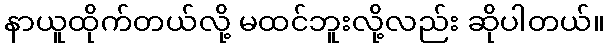
နာယူထိုက်တယ်လို့ မထင်ဘူးလို့လည်း ဆိုပါတယ်။